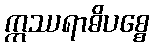
ဣဿရာဓိပစ္စေ